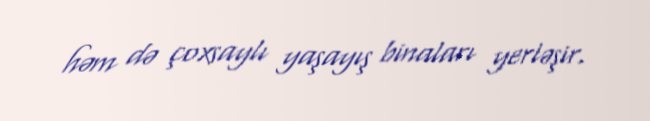
həm də çoxsaylı yaşayış binaları yerləşir.